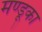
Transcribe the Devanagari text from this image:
मण्डूका